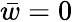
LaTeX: \bar{w}=0